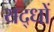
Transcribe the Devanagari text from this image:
यद्धों